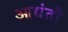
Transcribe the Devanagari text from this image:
आद्यंतौ